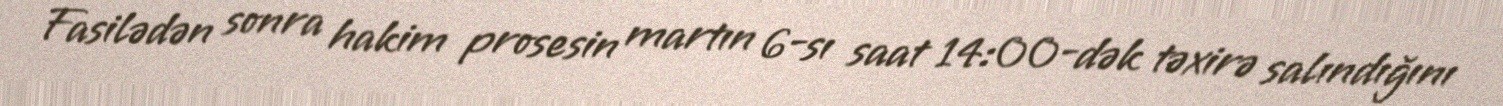
Fasilədən sonra hakim prosesin martın 6-sı saat 14:00-dək təxirə salındığını